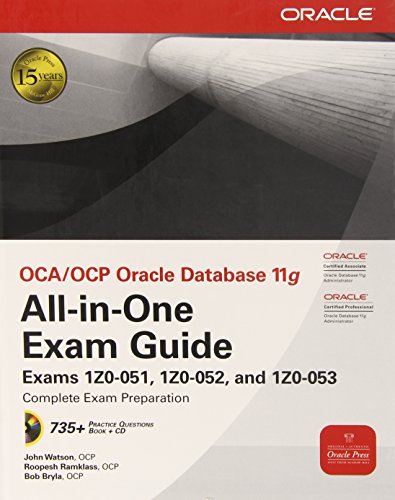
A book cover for OCA/OCP Oracle Database 11g All-in-One Exam Guide with CD-ROM: Exams 1Z0-051, 1Z0-052, 1Z0-053 (Oracle Press); John Watson; Computers & Technology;